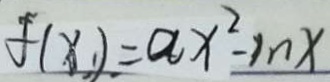
f ( x _ { 1 } ) = a x ^ { 2 } - I n x